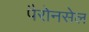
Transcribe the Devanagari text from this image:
पैरोनसेल